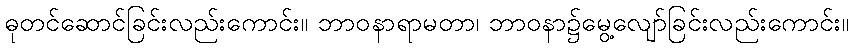
ဓုတင်ဆောင်ခြင်းလည်းကောင်း။ ဘာဝနာရာမတာ၊ ဘာဝနာ၌မွေ့လျော်ခြင်းလည်းကောင်း။